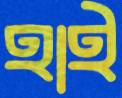
হাই